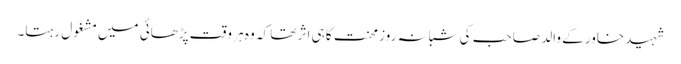
شہید خاور کے والد صاحب کی شبانہ روز محنت کا ہی اثر تھا کہ وہ ہر وقت پڑھائی میں مشغول رہتا۔